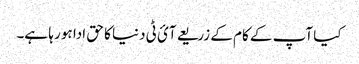
کیا آپ کے کام کے زریعے آئ ٹی دنیا کا حق ادا ہو رہا ہے۔